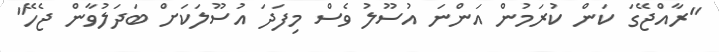
"ރާއްޖޭގަ ކަން ކުރަމުން އަންނަ އުސޫލު ވެސް މިފަދަ އުސޫލަކަށް ބަދަލުވާން ޖެހޭ"